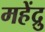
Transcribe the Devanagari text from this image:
महेंद्रु